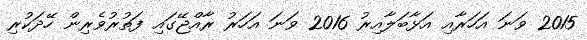
2015 ވަނަ އަހަރާއި އަޅާބަލާއިރު 2016 ވަނަ އަހަރު ރާއްޖޭގައި ފަތުރުވެރިން ހޭދަކުރި